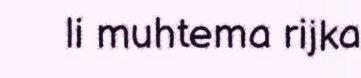
li muhtema rijka